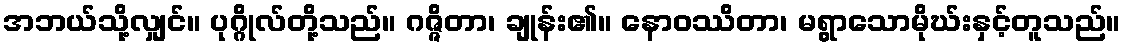
အဘယ်သို့လျှင်။ ပုဂ္ဂိုလ်တို့သည်။ ဂဇ္ဇိတာ၊ ချုန်း၏။ နောဝဿိတာ၊ မရွာသောမိုဃ်းနှင့်တူသည်။